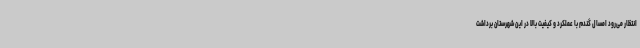
انتظار می‌رود امسال گندم با عملکرد و کیفیت بالا در این شهرستان برداشت